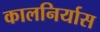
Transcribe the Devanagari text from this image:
कालनिर्यास